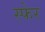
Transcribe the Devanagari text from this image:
स्फेर